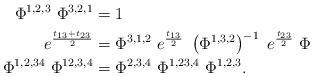
LaTeX: \begin{align*}\Phi^{1,2,3}\ \Phi^{3,2,1}&=1\\e^{\frac{t_{13}+t_{23}}2}&=\Phi^{3,1,2}\ e^{\frac{t_{13}}2}\ \left(\Phi^{1,3,2}\right)^{-1}\ e^{\frac{t_{23}}2}\ \Phi\\ \Phi^{1,2,34}\ \Phi^{12,3,4}&=\Phi^{2,3,4}\ \Phi^{1,23,4}\ \Phi^{1,2,3}.\end{align*}